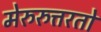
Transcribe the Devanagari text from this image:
मेरुरुत्तरतो